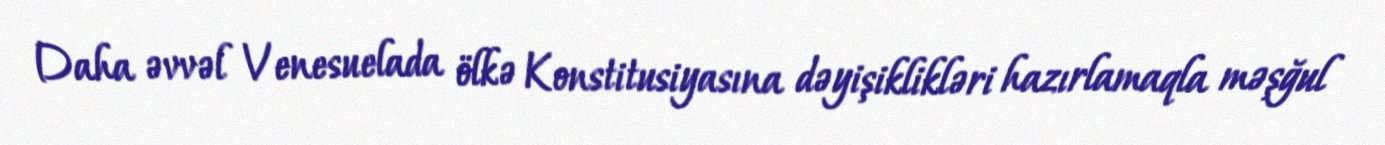
Daha əvvəl Venesuelada ölkə Konstitusiyasına dəyişiklikləri hazırlamaqla məşğul